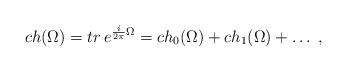
\begin{align*}ch(\Omega)=tr\,e^{\frac{i}{2\pi}\Omega}=ch_{0}(\Omega)+ch_{1}(\Omega)+\ldots\; ,\end{align*}